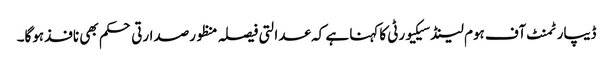
ڈیپارٹمنٹ آف ہوم لینڈسیکیورٹی کاکہنا ہے کہ عدالتی فیصلہ منظورصدارتی حکم بھی نافذہوگا۔